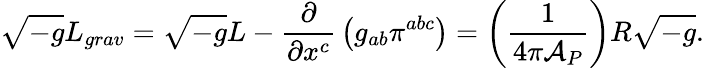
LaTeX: \sqrt{-g}L_{grav}=\sqrt{-g}L-{\frac{\partial}{\partial x^{c}}}\left(g_{ab}\pi^{abc}\right)=\left({\frac{1}{4\pi{\cal A}_{P}}}\right)R\sqrt{-g}.